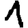
Digit: 1